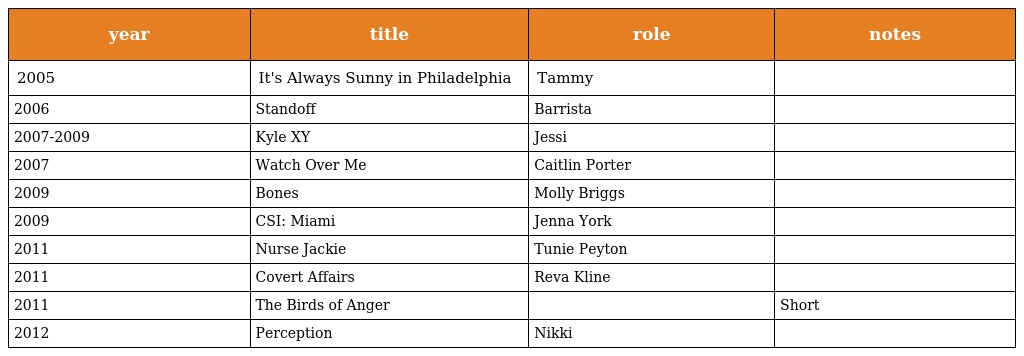
| year | title | role | notes |
 | --- | --- | --- | --- |
 | 2005 | It's Always Sunny in Philadelphia | Tammy |  |
 | 2006 | Standoff | Barrista |  |
 | 2007-2009 | Kyle XY | Jessi |  |
 | 2007 | Watch Over Me | Caitlin Porter |  |
 | 2009 | Bones | Molly Briggs |  |
 | 2009 | CSI: Miami | Jenna York |  |
 | 2011 | Nurse Jackie | Tunie Peyton |  |
 | 2011 | Covert Affairs | Reva Kline |  |
 | 2011 | The Birds of Anger |  | Short |
 | 2012 | Perception | Nikki |  |